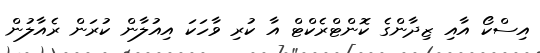
އިސްކޯ އާއި ޒިދާންގެ ކޮންޓްރެކްޓް އާ ކުރި ވާހަކަ އިއުލާން ކުރަން ރެއާލުން